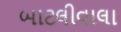
બાટલીવાલા